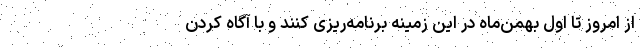
از امروز تا اول بهمن‌ماه در این زمینه برنامه‌ریزی کنند و با آگاه کردن